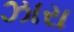
ઝારા